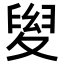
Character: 𡕯